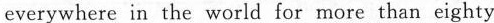
everywhere in the world for more than eighty